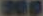
900